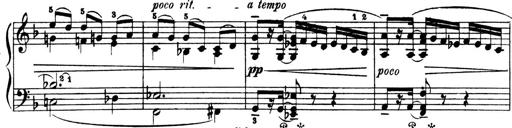
Title: 4 Sonatines
Composer: Max Reger